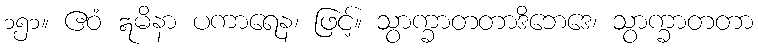
၁၅၁။ ဧဝံ ဣမိနာ ပကာရေန၊ ဖြင့်။ သွာက္ခာတတာဒိဘေဒေ၊ သွာက္ခာတတာ